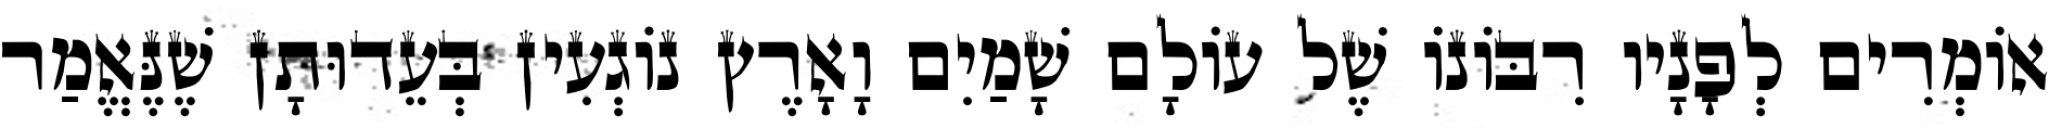
אוֹמְרִים לְפָנָיו רִבּוֹנוֹ שֶׁל עוֹלָם שָׁמַיִם וָאָרֶץ נוֹגְעִין בְּעֵדוּתָן שֶׁנֶּאֱמַר